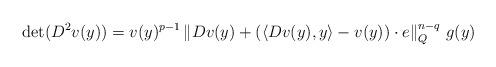
LaTeX: \begin{align*}\det( D^2 v(y) )=v(y)^{p-1}\left\|Dv(y)+\left(\langle Dv(y),y\rangle-v(y)\right)\cdot e\right\|_Q^{n-q}\,g(y) \end{align*}